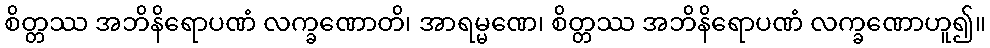
စိတ္တဿ အဘိနိရောပဏံ လက္ခဏောတိ၊ အာရမ္မဏေ၊ စိတ္တဿ အဘိနိရောပဏံ လက္ခဏောဟူ၍။